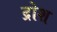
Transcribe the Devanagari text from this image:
द्रोश